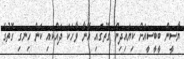
ޔާސީން ބީބީސީއަށް ކިޔައިދިން ގޮތުގައި އޭނާ ވާހަކަ ދައްކައި ކަން ހިނގި ގޮތުގެ